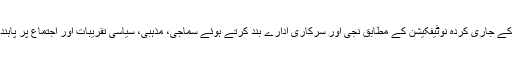
محکمہ داخلہ سندھ کے جاری کردہ نوٹیفکیشن کے مطابق نجی اور سرکاری ادارے بند کرتے ہوئے سماجی، مذہبی، سیاسی تقریبات اور اجتماع پر پابندی لگا دی گئی ہے۔